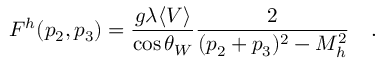
F ^ { h } ( p _ { 2 } , p _ { 3 } ) = { \frac { g \lambda \langle V \rangle } { \cos \theta _ { W } } } { \frac { 2 } { ( p _ { 2 } + p _ { 3 } ) ^ { 2 } - M _ { h } ^ { 2 } } } \quad .